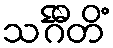
သင်္ဂီတိံ